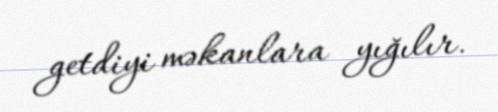
getdiyi məkanlara yığılır.